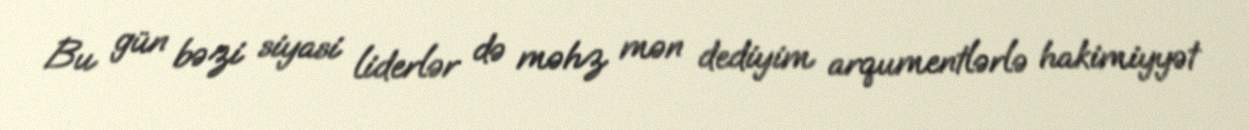
Bu gün bəzi siyasi liderlər də məhz mən dediyim arqumentlərlə hakimiyyət